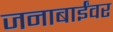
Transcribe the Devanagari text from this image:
जनाबाईंवर